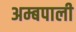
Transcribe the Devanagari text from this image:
अम्बपाली